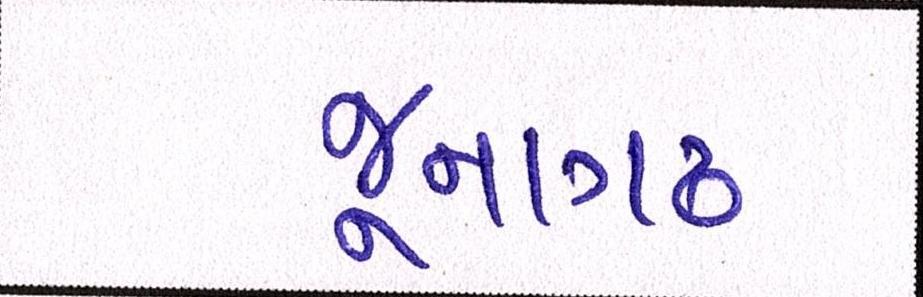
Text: જૂનાગઢ